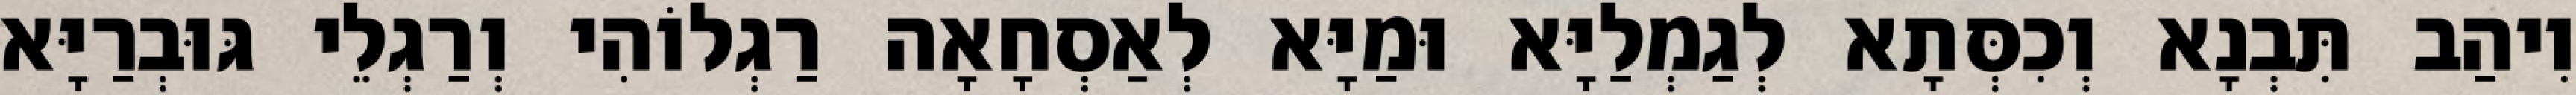
וִיהַב תִּבְנָא וְכִסְּתָא לְגַמְלַיָּא וּמַיָּא לְאַסְחָאָה רַגְלוֹהִי וְרַגְלֵי גּוּבְרַיָּא